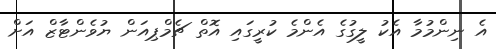
އެ ނިންމުމާ އެކު ލީގުގެ އެންމެ ކުރީގައި އޮތް ޗެމްޕިއަން ޔުވެންޓާޒް އަށް